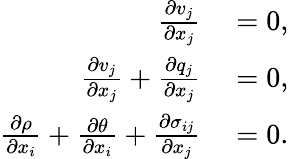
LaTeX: \begin{array}{rl}{\frac{\partial v_{j}}{\partial x_{j}}}&{{}=0,}\\ {\frac{\partial v_{j}}{\partial x_{j}}+\frac{\partial q_{j}}{\partial x_{j}}}&{{}=0,}\\ {\frac{\partial\rho}{\partial x_{i}}+\frac{\partial\theta}{\partial x_{i}}+\frac{\partial\sigma_{ij}}{\partial x_{j}}}&{{}=0.}\end{array}